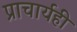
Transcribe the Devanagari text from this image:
प्राचार्यही